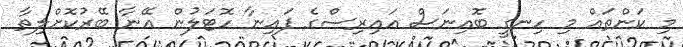
މި ކަންތައް މި ހިނގީ ބޮއިނަސް އައިރިސްގެ ފައިނާ ހޮޓަލުން އޭނާ ބޭރުކޮށްލިތާ